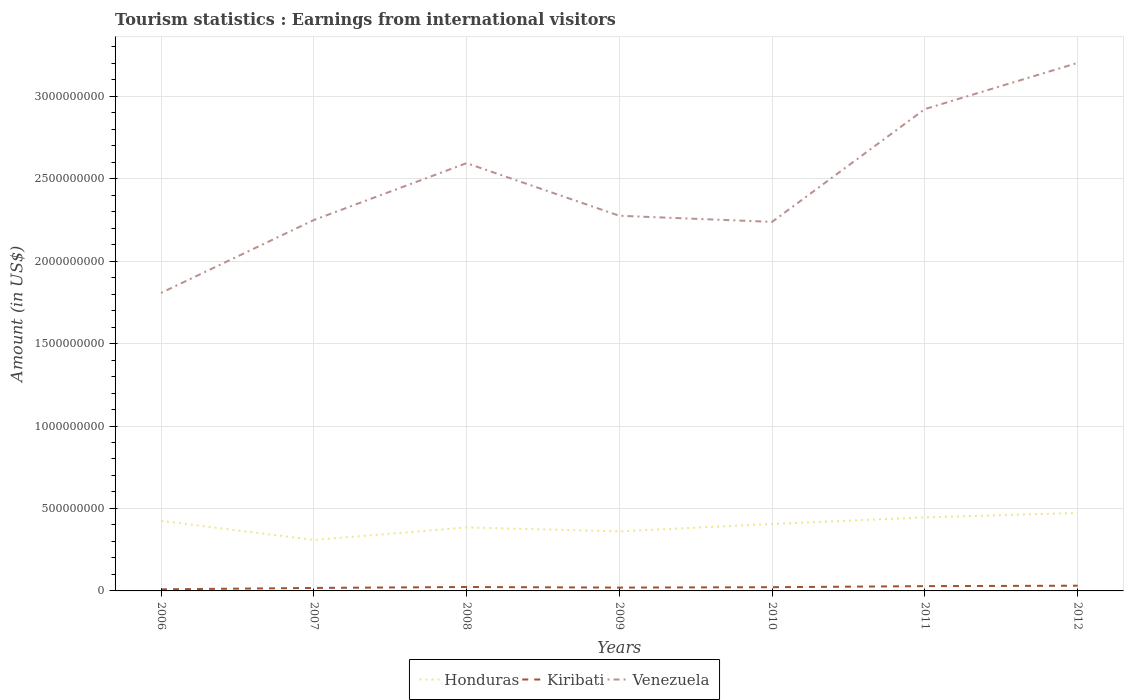
| Years | Honduras | Kiribati | Venezuela |
 | --- | --- | --- | --- |
 | 2006 | 4.25e+08 | 9.6e+06 | 1.81e+09 |
 | 2007 | 3.09e+08 | 1.81e+07 | 2.25e+09 |
 | 2008 | 3.85e+08 | 2.38e+07 | 2.59e+09 |
 | 2009 | 3.61e+08 | 2.02e+07 | 2.28e+09 |
 | 2010 | 4.06e+08 | 2.26e+07 | 2.24e+09 |
 | 2011 | 4.46e+08 | 2.9e+07 | 2.92e+09 |
 | 2012 | 4.73e+08 | 3.16e+07 | 3.2e+09 |